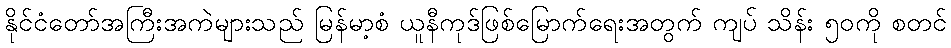
နိုင်ငံတော်အကြီးအကဲများသည် မြန်မာ့စံ ယူနီကုဒ်ဖြစ်မြောက်ရေးအတွက် ကျပ် သိန်း ၅၀ကို စတင်